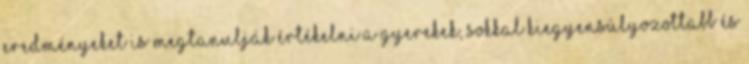
eredményeket is megtanulják értékelni a gyerekek, sokkal kiegyensúlyozottabb és